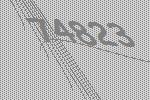
74823